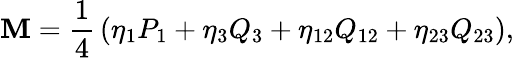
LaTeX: \mathbf{M}={\frac{{1}}{{4}}}\left(\eta_{1}P_{1}+\eta_{3}Q_{3}+\eta_{12}Q_{12}+\eta_{23}Q_{23}\right),